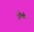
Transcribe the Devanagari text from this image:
इहितो